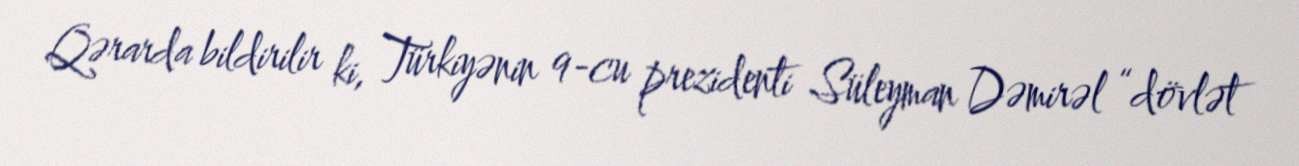
Qərarda bildirilir ki, Türkiyənin 9-cu prezidenti Süleyman Dəmirəl “dövlət